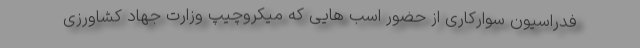
فدراسیون سوارکاری از حضور اسب هایی که میکروچیپ وزارت جهاد کشاورزی